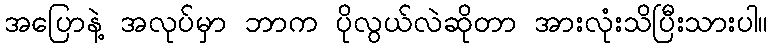
အပြောနဲ့ အလုပ်မှာ ဘာက ပိုလွယ်လဲဆိုတာ အားလုံးသိပြီးသားပါ။